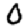
Digit: 0